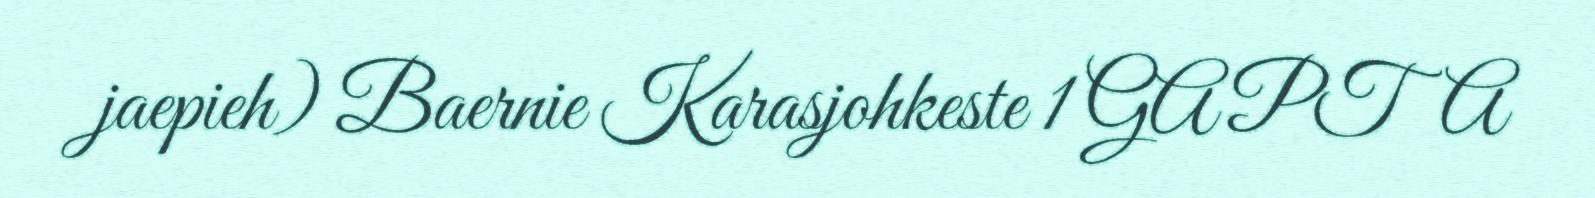
jaepieh) Baernie Karasjohkeste 1 GAPTA